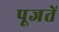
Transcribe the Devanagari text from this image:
पूजतें